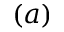
( a )